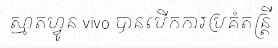
ស្មាតហ្វូន vivo បានបើកការប្រគំតន្ត្រី